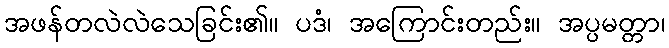
အဖန်တလဲလဲသေခြင်း၏။ ပဒံ၊ အကြောင်းတည်း။ အပ္ပမတ္တာ၊